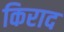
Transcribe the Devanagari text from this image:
किराद